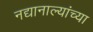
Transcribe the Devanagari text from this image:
नद्यानाल्यांच्या